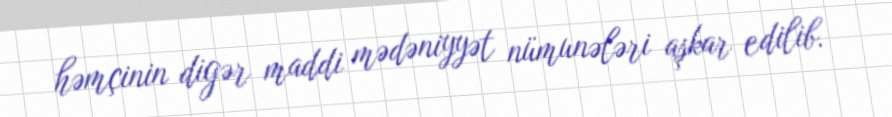
həmçinin digər maddi mədəniyyət nümunələri aşkar edilib.